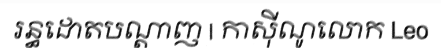
រន្ធដោតបណ្តាញ | កាស៊ីណូលោក Leo